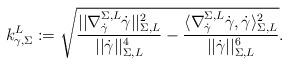
LaTeX: \begin{align*}k^L_{\gamma,\Sigma}:=\sqrt{\frac{||\nabla^{\Sigma,L}_{\dot{\gamma}}{\dot{\gamma}}||_{\Sigma,L}^2}{||\dot{\gamma}||^4_{\Sigma,L}}-\frac{\langle \nabla^{\Sigma,L}_{\dot{\gamma}}{\dot{\gamma}},\dot{\gamma}\rangle^2_{\Sigma,L}}{||\dot{\gamma}||^6_{\Sigma,L}}}.\end{align*}